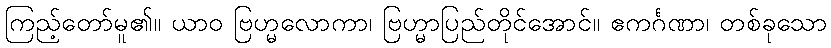
ကြည့်တော်မူ၏။ ယာဝ ဗြဟ္မလောကာ၊ ဗြဟ္မာပြည်တိုင်အောင်။ ဧကင်္ဂဏာ၊ တစ်ခုသော